Civil Veterinary Dept. Bombay admin report 1923-31 - 1923-1931
Year: 1923
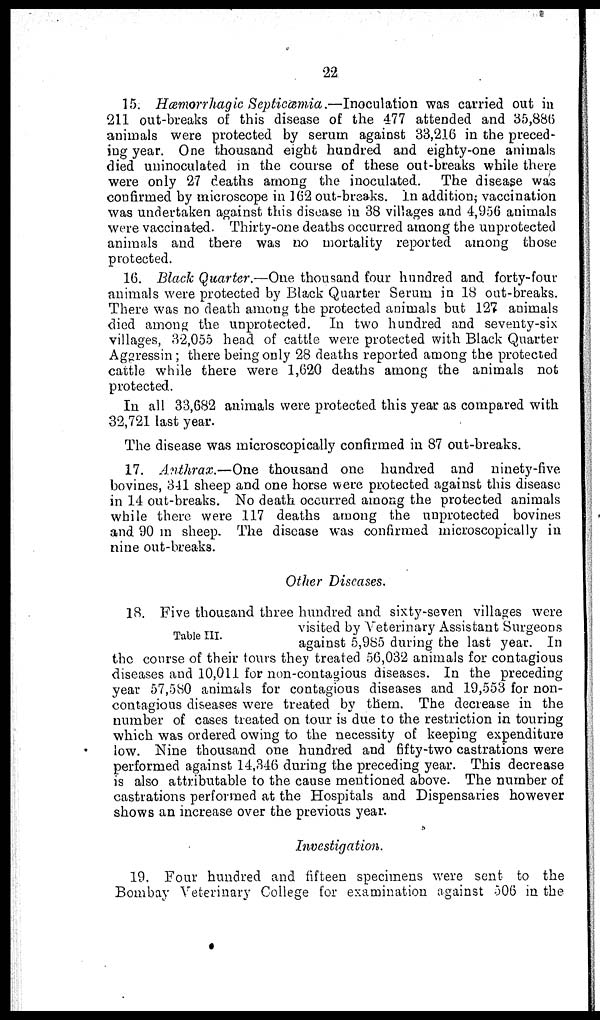
22
15. Hæmorrhagic Septicemia.—Inoculation
was carried out in
211 out-breaks of this disease of the 477 attended and 35,886
animals were protected by serum against 33,216 in the preced-
ing year. One thousand eight hundred and eighty-one animals
died uninoculated in the course of these out-breaks while there
were only 27 deaths among the inoculated. The disease was
confirmed by microscope in 162 out-breaks. In addition; vaccination
was undertaken against this disease in 38 villages and 4,956 animals
were vaccinated. Thirty-one deaths occurred among the unprotected
animals and there was no mortality reported among those
protected.
16. Black Quarter.—One thousand four hundred and forty-four
animals were protected by Black Quarter Serum in 18 out-breaks.
There was no death among the protected animals but 127 animals
died among the unprotected. In two hundred and seventy-six
villages, 32,055 head of cattle were protected with Black Quarter
Aggressin; there being only 28 deaths reported among the protected
cattle while there were 1,620 deaths among the animals not
protected.
In all 33,682 animals were protected this year as compared with
32,721 last year.
The disease was microscopically confirmed in 87 out-breaks.
17. Anthrax.—One thousand one hundred and ninety-five
bovines, 341 sheep and one horse were protected against this disease
in 14 out-breaks. No death occurred among the protected animals
while there were 117 deaths among the unprotected bovines
and 90 in sheep. The disease was confirmed microscopically in
nine out-breaks.
Other Diseases.
Table III.
18. Five thousand three hundred and sixty-seven villages were
visited by Veterinary Assistant Surgeons
against 5,985 during the last year. In
the course of their tours they treated 56,032 animals for contagious
diseases and 10,011 for non-contagious diseases. In the preceding
year 57,580 animals for contagious diseases and 19,553 for non-
contagious diseases were treated by them. The decrease in the
number of cases treated on tour is due to the restriction in touring
which was ordered owing to the necessity of keeping expenditure
low. Nine thousand one hundred and fifty-two castrations were
performed against 14,346 during the preceding year. This decrease
is also attributable to the cause mentioned above. The number of
castrations performed at the Hospitals and Dispensaries however
shows an increase over the previous year.
Investigation.
19. Four hundred and fifteen specimens were sent to the
Bombay Veterinary College for examination against 506 in the